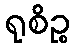
ရုစိဉ္စ